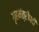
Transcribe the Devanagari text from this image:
गृहमंत्रीपदी